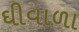
ઘીવાળા